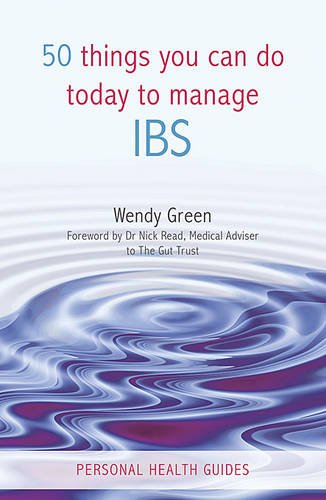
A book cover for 50 Things You Can Do Today to Manage IBS (Personal Health Guides); Wendy Green; Health, Fitness & Dieting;